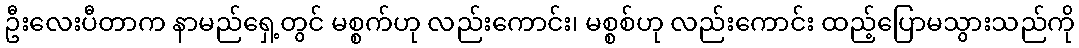
ဦးလေးပီတာက နာမည်ရှေ့တွင် မစ္စက်ဟု လည်းကောင်း၊ မစ္စစ်ဟု လည်းကောင်း ထည့်ပြောမသွားသည်ကို